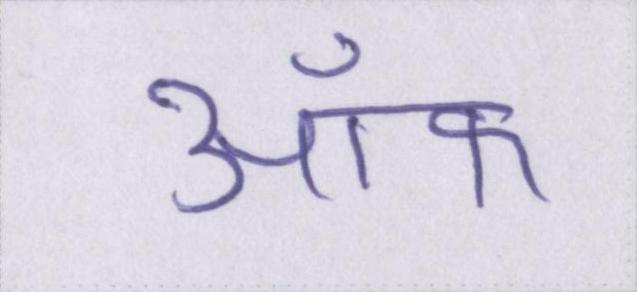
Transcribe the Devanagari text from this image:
ऑफ